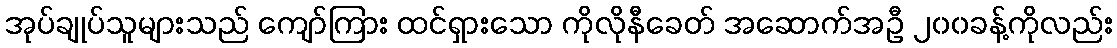
အုပ်ချုပ်သူများသည် ကျော်ကြား ထင်ရှားသော ကိုလိုနီခေတ် အဆောက်အဦ ၂၀၀ခန့်ကိုလည်း